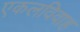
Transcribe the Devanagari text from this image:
एकलविवाह